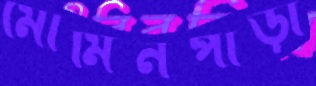
মোমিনপাড়া